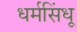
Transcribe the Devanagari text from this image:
धर्मसिंधू